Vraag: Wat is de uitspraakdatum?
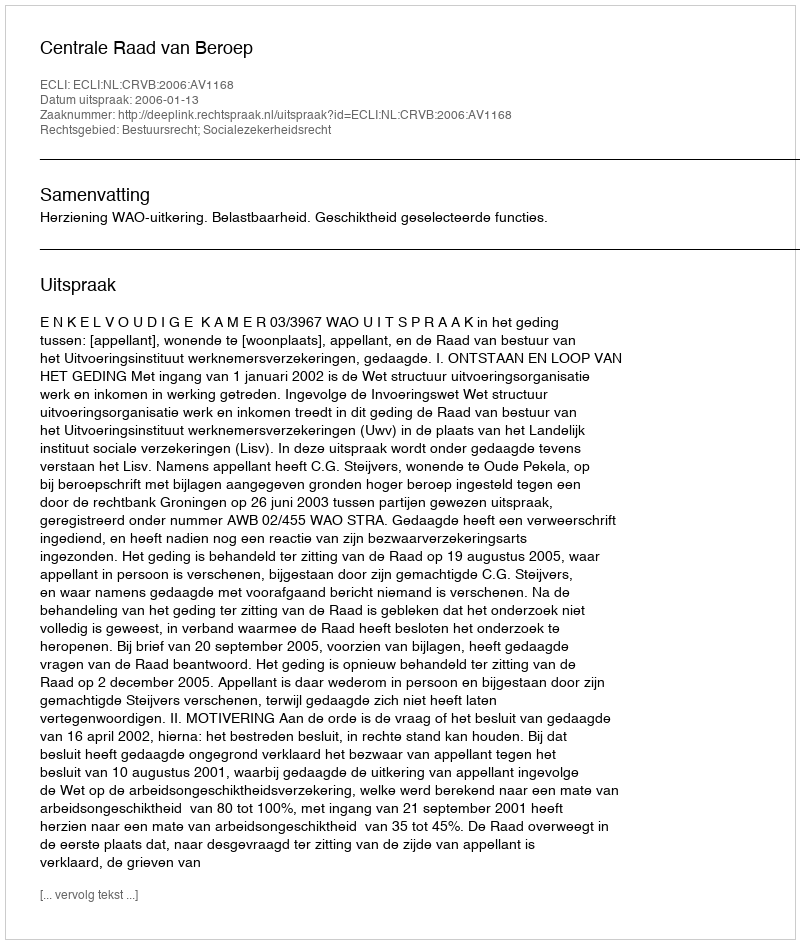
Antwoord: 2006-01-13